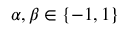
\alpha , \beta \in \{ - 1 , 1 \}